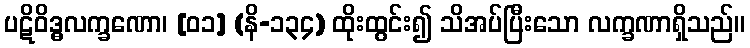
ပဋိဝိဒ္ဓလက္ခဏော၊ [၀၁] (နိ-၁၃၄) ထိုးထွင်း၍ သိအပ်ပြီးသော လက္ခဏာရှိသည်။